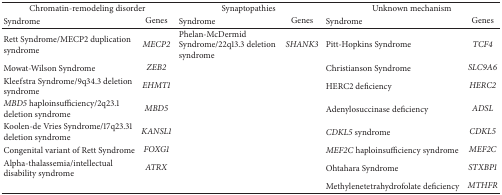
<table><thead><tr><td colspan="2"><b>Chromatin-remodeling disorder</b></td><td colspan="2"><b>Synaptopathies</b></td><td colspan="2"><b>Unknown mechanism</b></td></tr><tr><td><b>Syndrome</b></td><td><b>Genes</b></td><td><b>Syndrome</b></td><td><b>Genes</b></td><td><b>Syndrome</b></td><td><b>Genes</b></td></tr></thead><tbody><tr><td>Rett Syndrome/MECP2 duplication syndrome </td><td><i>MECP2</i></td><td>Phelan-McDermid Syndrome/22q13.3 deletion syndrome </td><td><i>SHANK3</i></td><td>Pitt-Hopkins Syndrome </td><td><i>TCF4</i></td></tr><tr><td>Mowat-Wilson Syndrome </td><td><i>ZEB2</i></td><td> </td><td> </td><td>Christianson Syndrome </td><td><i>SLC9A6</i></td></tr><tr><td>Kleefstra Syndrome/9q34.3 deletion syndrome </td><td><i>EHMT1</i></td><td> </td><td> </td><td>HERC2 deficiency </td><td><i>HERC2</i></td></tr><tr><td><i>MBD5</i> haploinsufficiency/2q23.1 deletion syndrome </td><td><i>MBD5</i></td><td> </td><td> </td><td>Adenylosuccinase deficiency </td><td><i>ADSL</i></td></tr><tr><td>Koolen-de Vries Syndrome/17q23.31 deletion syndrome </td><td><i>KANSL1</i></td><td> </td><td> </td><td><i>CDKL5</i> syndrome</td><td><i>CDKL5</i></td></tr><tr><td>Congenital variant of Rett Syndrome </td><td><i>FOXG1</i></td><td> </td><td> </td><td><i>MEF2C</i> haploinsufficiency syndrome </td><td><i>MEF2C</i></td></tr><tr><td>Alpha-thalassemia/intellectual disability syndrome </td><td><i>ATRX</i></td><td> </td><td> </td><td>Ohtahara Syndrome </td><td><i>STXBP1</i></td></tr><tr><td> </td><td> </td><td> </td><td> </td><td>Methylenetetrahydrofolate deficiency </td><td><i>MTHFR</i></td></tr></tbody></table>